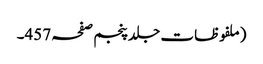
(ملفوظات جلد پنجم صفحہ 457۔